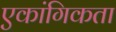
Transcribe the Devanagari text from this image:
एकांगिकता